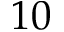
1 0